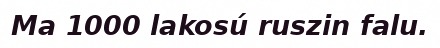
Ma 1000 lakosú ruszin falu.